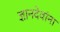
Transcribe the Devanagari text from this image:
ज्ञानदेवांना